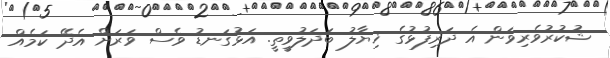
ޝުކުރުވެރިވަން އެ ދަރިފުޅުގެ ޚިޔާލު ބަދަލުވީތީ. އަޅުގަނޑު ވެސް ވަރަށް އެދޭ ކަމެއް